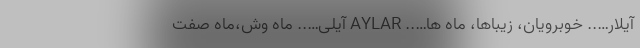
آیلار….. خوبرویان، زیباها، ماه ها….. AYLAR آیلی….. ماه وش،ماه صفت